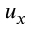
u _ { x }